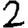
Digit: 2